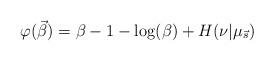
LaTeX: \begin{align*} \varphi(\vec{\beta}) = \beta - 1 - \log(\beta) + H(\nu|\mu_{\vec{s}}) \end{align*}